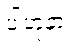
ပါဟုနာ